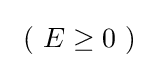
~(~E\geq 0~)~